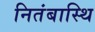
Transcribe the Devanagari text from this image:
नितंबास्थि